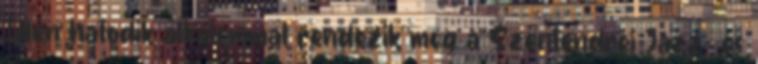
Idén hatodik alkalommal rendezik meg a Szentendrei Jazz- és